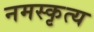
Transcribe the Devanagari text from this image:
नमस्कृत्य